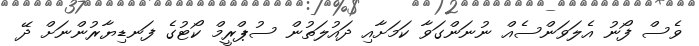
ވެސް ފޯނު އެލަވަންސެއް ނުނަންގަވާ ކަމަށާއި ދައުލަތުން ސުޕްރީމް ކޯޓުގެ ފަނޑިޔާރުންނަށް ދޭ